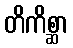
တိကိစ္ဆာ